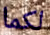
لكما